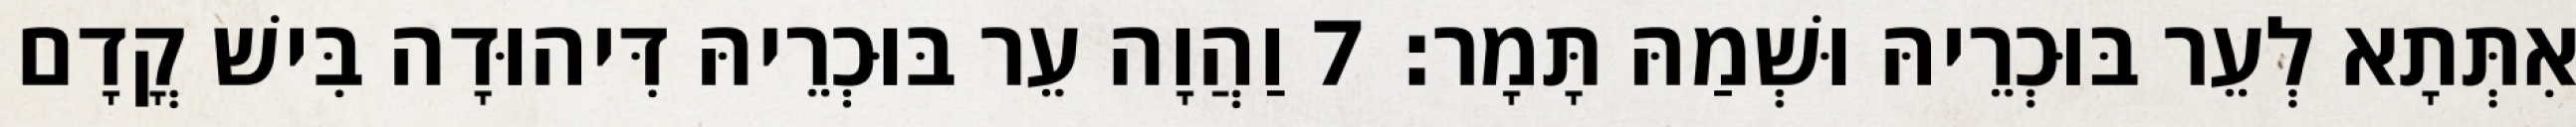
אִתְּתָא לְעֵר בּוּכְרֵיהּ וּשְׁמַהּ תָּמָר׃ 7 וַהֲוָה עֵר בּוּכְרֵיהּ דִּיהוּדָה בִּישׁ קֳדָם